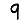
Digit: 9